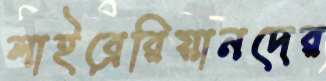
লাইব্রেরিয়ানদের